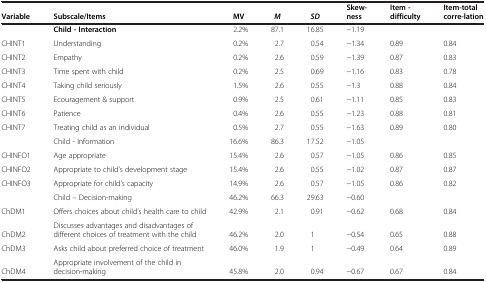
<table><thead><tr><td><b>Variable</b></td><td><b>Subscale/Items</b></td><td><b>MV</b></td><td><b><i>M</i></b></td><td><b><i>SD</i></b></td><td><b>Skew-ness</b></td><td><b>Item -difficulty</b></td><td><b>Item-total corre-lation</b></td></tr></thead><tbody><tr><td> </td><td><b>Child - Interaction</b></td><td>2.2%</td><td>87.1</td><td>16.85</td><td>−1.19</td><td> </td><td> </td></tr><tr><td>CHINT1</td><td>Understanding</td><td>0.2%</td><td>2.7</td><td>0.54</td><td>−1.34</td><td>0.89</td><td>0.84</td></tr><tr><td>CHINT2</td><td>Empathy</td><td>0.2%</td><td>2.6</td><td>0.59</td><td>−1.39</td><td>0.87</td><td>0.83</td></tr><tr><td>CHINT3</td><td>Time spent with child</td><td>0.2%</td><td>2.5</td><td>0.69</td><td>−1.16</td><td>0.83</td><td>0.78</td></tr><tr><td>CHINT4</td><td>Taking child seriously</td><td>1.5%</td><td>2.6</td><td>0.55</td><td>−1.3</td><td>0.88</td><td>0.84</td></tr><tr><td>CHINT5</td><td>Ecouragement &amp; support</td><td>0.9%</td><td>2.5</td><td>0.61</td><td>−1.11</td><td>0.85</td><td>0.83</td></tr><tr><td>CHINT6</td><td>Patience</td><td>0.4%</td><td>2.6</td><td>0.55</td><td>−1.23</td><td>0.88</td><td>0.81</td></tr><tr><td>CHINT7</td><td>Treating child as an individual</td><td>0.5%</td><td>2.7</td><td>0.55</td><td>−1.63</td><td>0.89</td><td>0.80</td></tr><tr><td> </td><td>Child - Information</td><td>16.6%</td><td>86.3</td><td>17.52</td><td>−1.05</td><td> </td><td> </td></tr><tr><td>CHINFO1</td><td>Age appropriate</td><td>15.4%</td><td>2.6</td><td>0.57</td><td>−1.05</td><td>0.86</td><td>0.85</td></tr><tr><td>CHINFO2</td><td>Appropriate to child’s development stage</td><td>15.4%</td><td>2.6</td><td>0.55</td><td>−1.02</td><td>0.87</td><td>0.87</td></tr><tr><td>CHINFO3</td><td>Appropriate for child’s capacity</td><td>14.9%</td><td>2.6</td><td>0.57</td><td>−1.05</td><td>0.86</td><td>0.82</td></tr><tr><td> </td><td>Child – Decision-making</td><td>46.2%</td><td>66.3</td><td>29.63</td><td>−0.60</td><td> </td><td> </td></tr><tr><td>ChDM1</td><td>Offers choices about child’s health care to child</td><td>42.9%</td><td>2.1</td><td>0.91</td><td>−0.62</td><td>0.68</td><td>0.84</td></tr><tr><td>ChDM2</td><td>Discusses advantages and disadvantages of different choices of treatment with the child</td><td>46.2%</td><td>2.0</td><td>1</td><td>−0.54</td><td>0.65</td><td>0.88</td></tr><tr><td>ChDM3</td><td>Asks child about preferred choice of treatment</td><td>46.0%</td><td>1.9</td><td>1</td><td>−0.49</td><td>0.64</td><td>0.89</td></tr><tr><td>ChDM4</td><td>Appropriate involvement of the child in decision-making</td><td>45.8%</td><td>2.0</td><td>0.94</td><td>−0.67</td><td>0.67</td><td>0.84</td></tr></tbody></table>